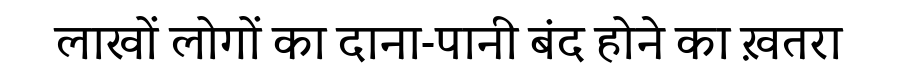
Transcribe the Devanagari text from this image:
लाखों लोगों का दाना-पानी बंद होने का ख़तरा